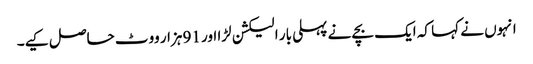
انہوں نے کہا کہ ایک بچے نے پہلی بار الیکشن لڑا اور 91 ہزار ووٹ حاصل کیے۔